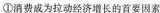
①消费成为拉动经济增长的首要因素